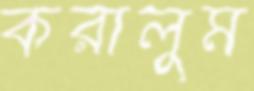
করালুম